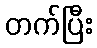
တက်ပြီး